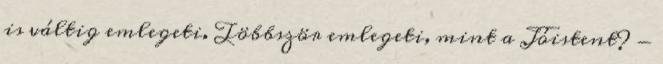
is váltig emlegeti. Többször emlegeti, mint a Jóistent? -